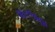
શારજહા